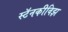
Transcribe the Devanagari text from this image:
स्टॅनकीविझ